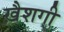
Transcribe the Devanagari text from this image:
ख़ैशगी